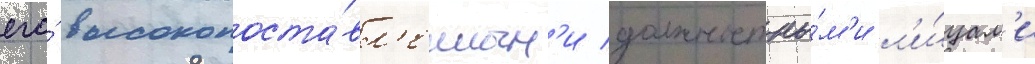
его́ высокопоста́вл'енным'и должностны́м'и л'и́цам'и